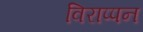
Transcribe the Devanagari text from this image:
विराप्पन